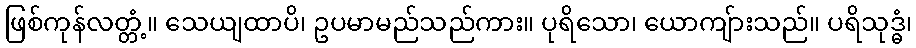
ဖြစ်ကုန်လတ္တံ့။ သေယျထာပိ၊ ဥပမာမည်သည်ကား။ ပုရိသော၊ ယောကျ်ားသည်။ ပရိသုဒ္ဓံ၊